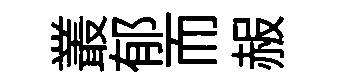
叢郁而赧